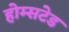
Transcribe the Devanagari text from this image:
होम्सटेड